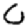
Digit: 0